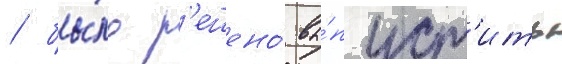
/ бы́ло р'ешено́ вы́пуст'ить